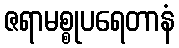
ဇရာမစ္စုပရေတာနံ